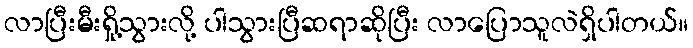
လာပြီးမီးရှို့သွားလို့ ပါသွားပြီဆရာဆိုပြီး လာပြောသူလဲရှိပါတယ်။